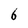
Character: 6